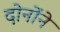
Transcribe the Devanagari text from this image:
दोनोंने